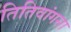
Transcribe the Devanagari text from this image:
तितिवांगसा